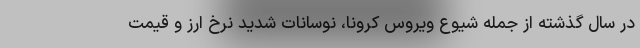
در سال گذشته از جمله شیوع ویروس کرونا، نوسانات شدید نرخ ارز و قیمت